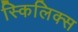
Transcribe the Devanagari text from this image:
स्किलिक्स